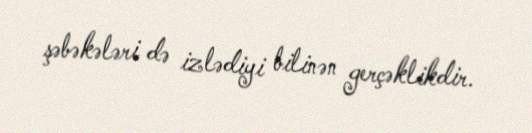
şəbəkələri də izlədiyi bilinən gerçəklikdir.